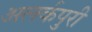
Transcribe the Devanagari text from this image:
अलर्कपुरी